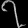
Digit: ၇